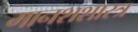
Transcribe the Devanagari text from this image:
मानशशास्त्र